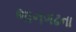
ભાનગઢના